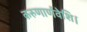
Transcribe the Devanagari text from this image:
करुणार्णवेशि।